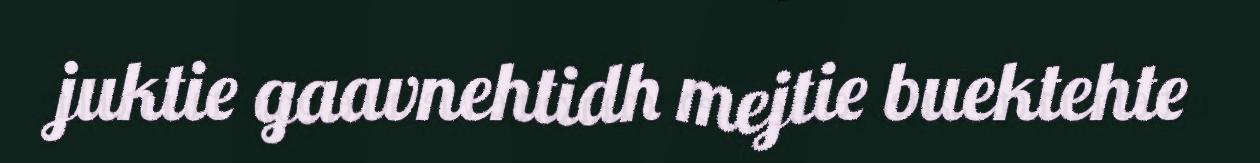
juktie gaavnehtidh mejtie buektehte